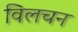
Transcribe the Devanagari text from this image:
विलचन